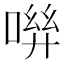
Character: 𠶽